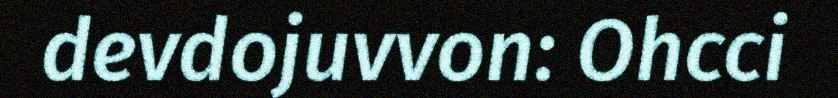
devdojuvvon: Ohcci